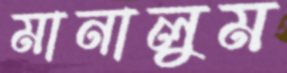
মানালুম